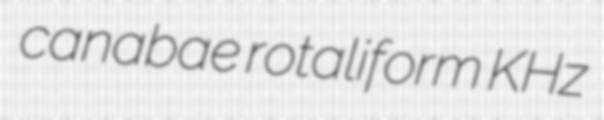
canabae rotaliform KHz